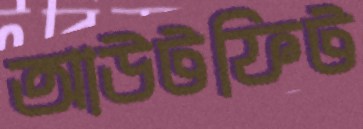
আউটফিট